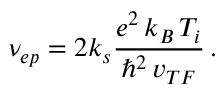
\nu _ { e p } = 2 k _ { s } \frac { e ^ { 2 } \, k _ { B } \, T _ { i } } { \hbar ^ { 2 } \, v _ { T F } } \, .